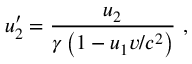
u _ { 2 } ^ { \prime } = { \frac { u _ { 2 } } { \gamma \left( 1 - u _ { 1 } v / c ^ { 2 } \right) } } \ ,